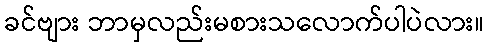
ခင်ဗျား ဘာမှလည်းမစားသလောက်ပါပဲလား။